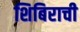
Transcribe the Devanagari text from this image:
शिबिराची